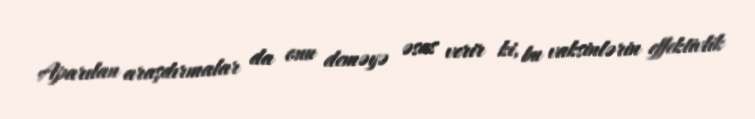
Aparılan araşdırmalar da onu deməyə əsas verir ki, bu vaksinlərin effektivlik